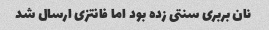
نان بربری سنتی زده بود اما فانتزی ارسال شد